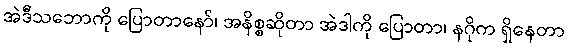
အဲဒီသဘောကို ပြောတာနော်၊ အနိစ္စဆိုတာ အဲဒါကို ပြောတာ၊ နဂိုက ရှိနေတာ